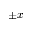
\pm x